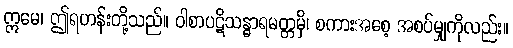
ဣမေ၊ ဤရဟန်းတို့သည်။ ဝါစာပဋိသန္ဓာရမတ္တမှိ၊ စကားအစေ့ အစပ်မျှကိုလည်း။